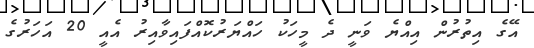
އޭގެ އިތުރުން އިއްޔެ ވަނީ ދެ މީހަކު ހައްޔަރުކޮއްފައިވާއިރު އެއީ 20 އަހަރުގެ